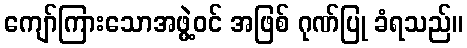
ကျော်ကြားသောအဖွဲ့ဝင် အဖြစ် ဂုဏ်ပြု ခံရသည်။